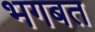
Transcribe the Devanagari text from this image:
भगबत